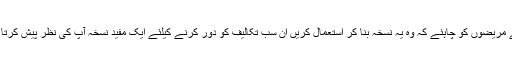
ایسے مریضوں کو چاہئے کہ وہ یہ نسخہ بنا کر استعمال کریں ان سب تکالیف کو دور کرنے کیلئے ایک مفید نسخہ آپ کی نظر پیش کرتا ہوں۔